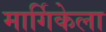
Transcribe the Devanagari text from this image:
मार्गिकेला